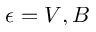
\epsilon = V , B